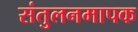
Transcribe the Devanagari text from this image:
संतुलनमापक